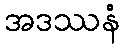
အဒဿနံ